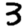
Digit: 3